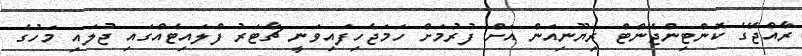
ރާއްޖޭގެ ކޮންޓިންޖެންޓް ރިޔޫނިއަން އަށް ފުރުމަށް ހަމަޖެހިފައިވަނީ ޗާޓަރު ފްލައިޓެއްގައި ޖުލައި މަހުގެ